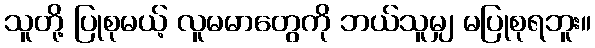
သူတို့ ပြုစုမယ့် လူမမာတွေကို ဘယ်သူမျှ မပြုစုရဘူး။